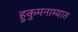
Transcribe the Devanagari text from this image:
हुकुमनाम्यात